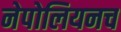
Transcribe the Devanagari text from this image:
नेपोलियनच